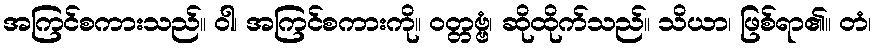
အကြင်စကားသည်။ ဝါ၊ အကြင်စကားကို။ ဝတ္တဗ္ဗံ၊ ဆိုထိုက်သည်။ သိယာ၊ ဖြစ်ရာ၏။ တံ၊